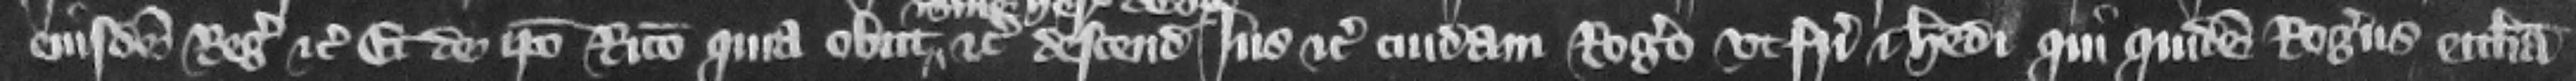
eiusdem regis etc. Et de ipso Ricardo quia obiit etc. descendit Ius etc. cuidam Rogero vt fratri et heredi qui quidem Rogerus ecclesia